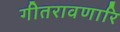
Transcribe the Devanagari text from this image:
गीतरावणारि